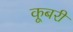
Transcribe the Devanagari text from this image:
कूबरी